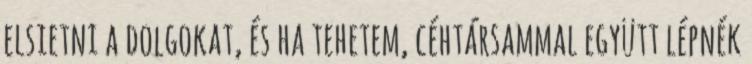
elsietni a dolgokat, és ha tehetem, céhtársammal együtt lépnék